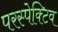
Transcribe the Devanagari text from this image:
परस्पेक्टिव